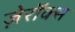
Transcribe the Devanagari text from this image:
ज़ेरॉक्स